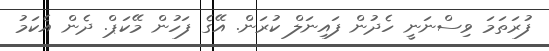
ފުރަތަމަ ވިސްނަނީ ހެދުން ފައިނަލް ކުރަން. އޭގެ ފަހުން މޭކަޕް. ދެން އެކަމު